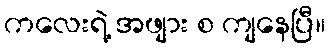
ကလေးရဲ့ အဖျား စ ကျနေပြီ။